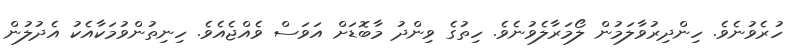
ހުރެވުނެވެ. ހިންދިރުވާލަމުން ލޯމަރާލެވުނެވެ. ހިތުގެ ވިންދު މާބޮޑަށް އަވަސް ވެއްޖެއެވެ. ހިނިތުންވުމަކާއެކު އެދުލުން